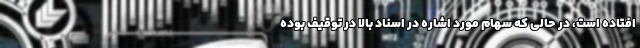
افتاده است، در حالی که سهام مورد اشاره در اسناد بالا در توقیف بوده